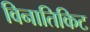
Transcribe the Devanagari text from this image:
विनातिकिट